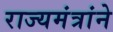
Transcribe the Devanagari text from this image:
राज्यमंत्रांने